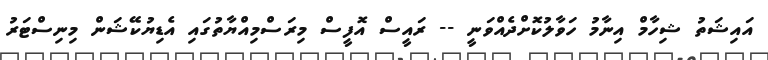
އައިޝަތު ޝިހާމް އިނާމު ހަވާލުކޮށްދެއްވަނީ -- ރައީސް އޮފީސް މިރަސްމިއްޔާތުގައި އެޑިޔުކޭޝަން މިނިސްޓަރު